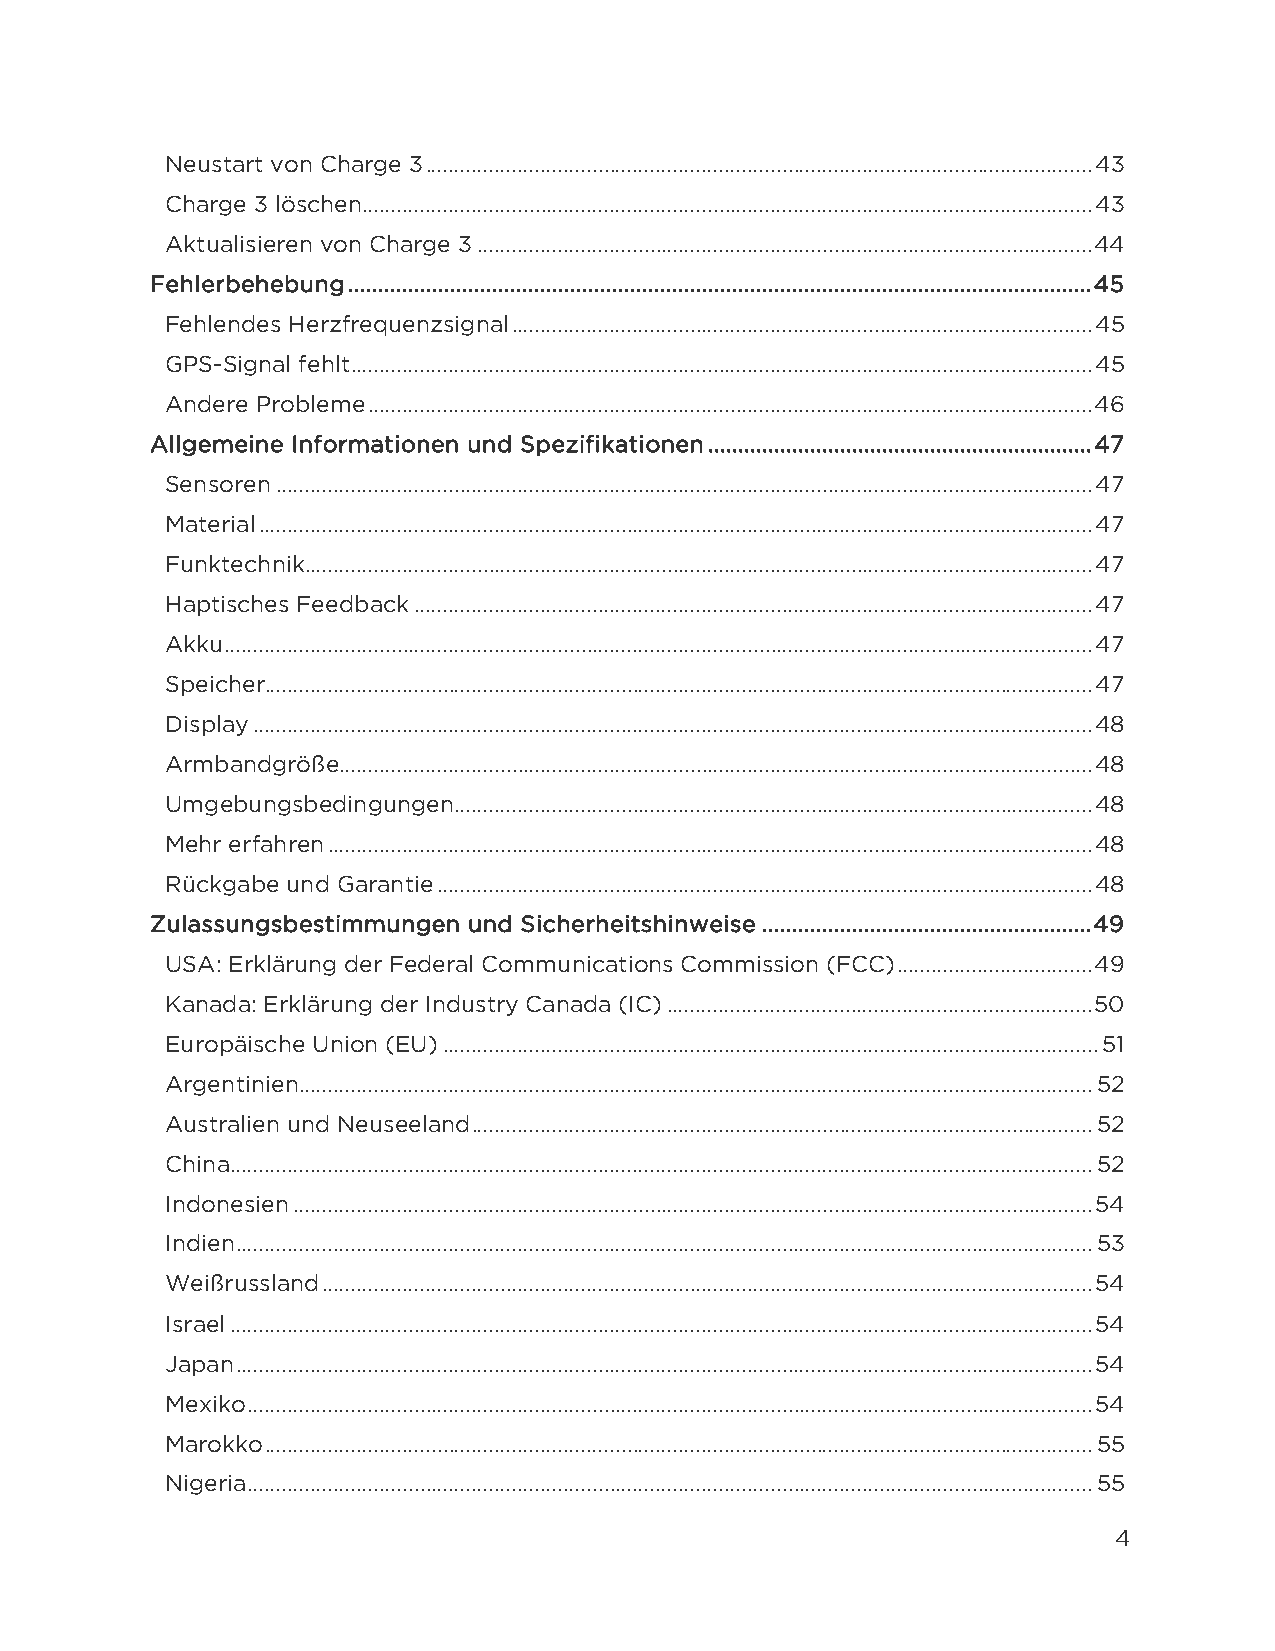
Neustart von Charge 3 .................................................................................................................... 43
 Charge 3 löschen............................................................................................................................... 43
 Aktualisieren von Charge 3 ........................................................................................................... 44
 Fehlerbehebung ............................................................................................................................ 45
 Fehlendes Herzfrequenzsignal ..................................................................................................... 45
 GPS-Signal fehlt ................................................................................................................................. 45
 Andere Probleme .............................................................................................................................. 46
 Allgemeine Informationen und Spezifikationen ................................................................ 47
 Sensoren .............................................................................................................................................. 47
 Material ................................................................................................................................................. 47
 Funktechnik ......................................................................................................................................... 47
 Haptisches Feedback ...................................................................................................................... 47
 Akku ....................................................................................................................................................... 47
 Speicher................................................................................................................................................ 47
 Display .................................................................................................................................................. 48
 Armbandgröße ................................................................................................................................... 48
 Umgebungsbedingungen ............................................................................................................... 48
 Mehr erfahren ..................................................................................................................................... 48
 Rückgabe und Garantie .................................................................................................................. 48
 Zulassungsbestimmungen und Sicherheitshinweise ....................................................... 49
 USA: Erklärung der Federal Communications Commission (FCC) .................................. 49
 Kanada: Erklärung der Industry Canada (IC) .......................................................................... 50
 Europäische Union (EU) .................................................................................................................. 51
 Argentinien .......................................................................................................................................... 52
 Australien und Neuseeland ............................................................................................................ 52
 China ...................................................................................................................................................... 52
 Indonesien ........................................................................................................................................... 54
 Indien ..................................................................................................................................................... 53
 Weißrussland ...................................................................................................................................... 54
 Israel ...................................................................................................................................................... 54
 Japan ..................................................................................................................................................... 54
 Mexiko ................................................................................................................................................... 54
 Marokko ................................................................................................................................................ 55
 Nigeria ................................................................................................................................................... 55
 4